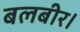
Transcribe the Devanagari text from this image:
बलबीर।